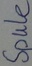
Text: Spule